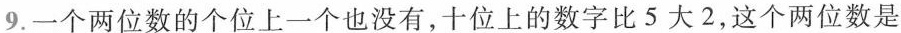
9.一个两位数的个位上一个也没有，十位上的数字比5大2，这个两位数是